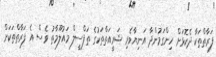
ފަރާތްތަކާ ދެކޮޅަށް ހިންގަމުންދާ އަނިޔާވެރި ޝަރީއަތްތަކުގެ ތަފްސީލް މައުލޫމާތު ވެސް އެ ފަރާތްތަކަށް